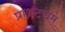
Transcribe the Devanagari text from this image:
प्राकट्यम्